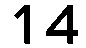
14